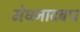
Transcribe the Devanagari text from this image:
मेघनादबध